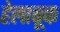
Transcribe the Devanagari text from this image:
हेलाबूक